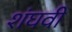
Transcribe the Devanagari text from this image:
शंघवी